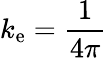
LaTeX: k_{\mathrm{e}}={\frac{1}{4\pi}}